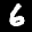
Label: 6